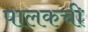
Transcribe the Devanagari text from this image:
पालकची